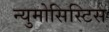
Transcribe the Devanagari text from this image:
न्युमोसिस्टिस